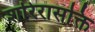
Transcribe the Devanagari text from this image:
शरिरासक्ति